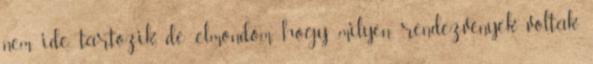
nem ide tartozik, de elmondom, hogy milyen rendezvények voltak.